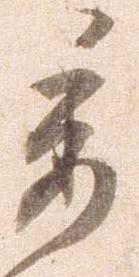
委